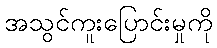
အသွင်ကူးပြောင်းမှုကို